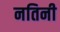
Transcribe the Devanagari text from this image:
नतिनी